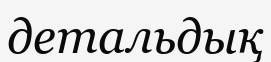
детальдық